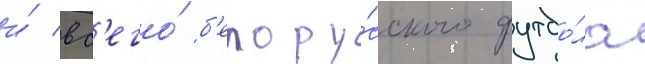
и́ вс'его́ б'елору́сского футбо́ла